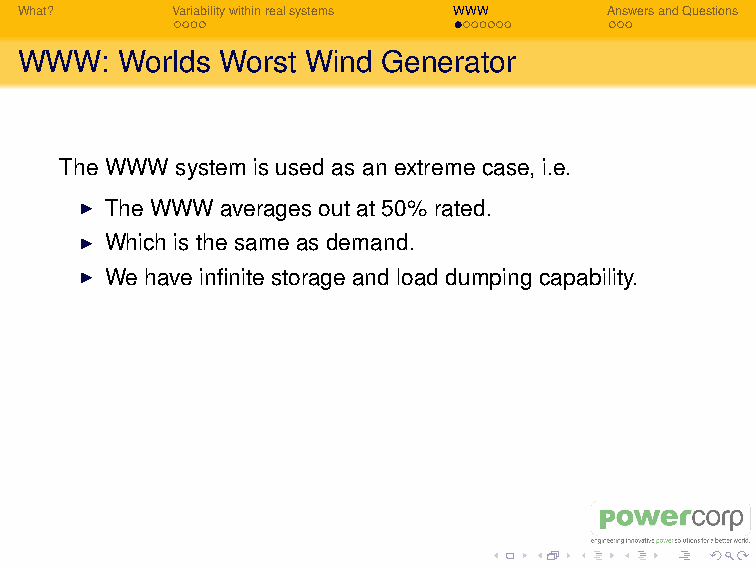
I Output however varies between 0% and 100% once every
 second with no dependence on the past!
 So:
 I How big should the front end to storage be?
 I Or how much spinning reserve or step load do we need?
 What?     Variabilitywithinrealsystems WWW AnswersandQuestions
 WWW:   Worlds Worst Wind Generator
 The WWW system is used as an extreme case, i.e.
 I The WWW averages out at 50% rated.
 I Which is the same as demand.
 I We have infinite storage and load dumping capability.